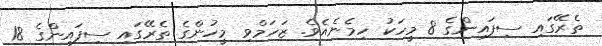
ތެރޭގައި ސިފައިންގެ 8 މީހަކު ހިމެނެއެވެ. ޒަހަމްވި މީހުންގެ ތެރޭގައި ސިފައިންގެ 18